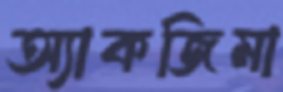
অ্যাকজিমা